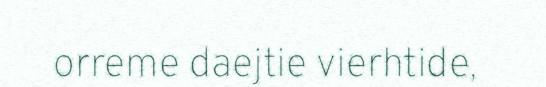
orreme daejtie vierhtide,